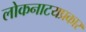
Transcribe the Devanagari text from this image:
लोकनाटयप्रकार